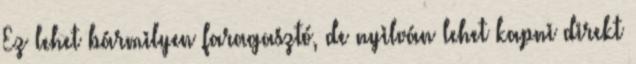
Ez lehet bármilyen faragasztó, de nyilván lehet kapni direkt